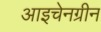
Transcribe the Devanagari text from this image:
आइचेनग्रीन